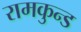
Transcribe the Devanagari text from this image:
रामकुन्ड